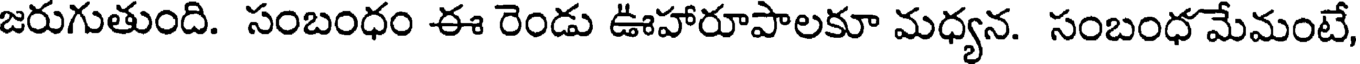
జరుగుతుంది. సంబంధం ఈ రెండు ఊహారూపాలకూ మధ్యన. సంబంధ మేమంటే